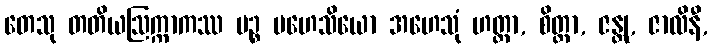
တေသု တတိယဩက္ကာကဿ ပဉ္စ မဟေသိယော အဟေသုံ ဟတ္ထာ, စိတ္တာ, ဇန္တု, ဇာလိနီ,